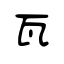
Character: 瓦